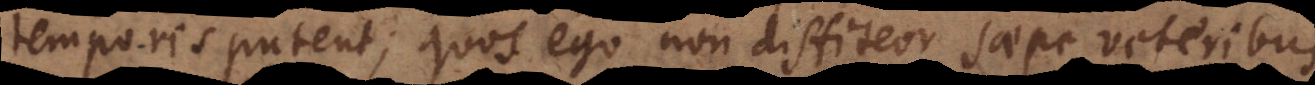
temporis putent, quos ego non diffiteor saepe veteribus